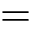
=